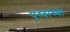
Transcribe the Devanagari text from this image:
पृथ्वाच्या